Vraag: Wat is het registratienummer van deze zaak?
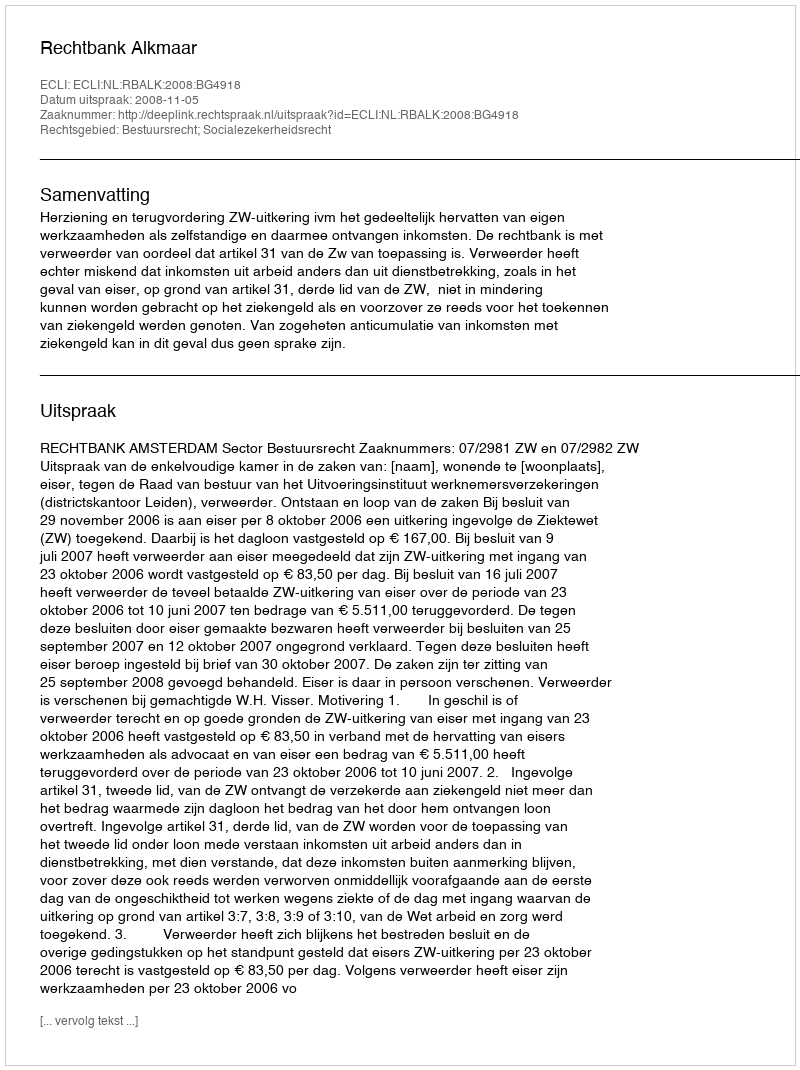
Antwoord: http://deeplink.rechtspraak.nl/uitspraak?id=ECLI:NL:RBALK:2008:BG4918